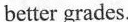
better grades.